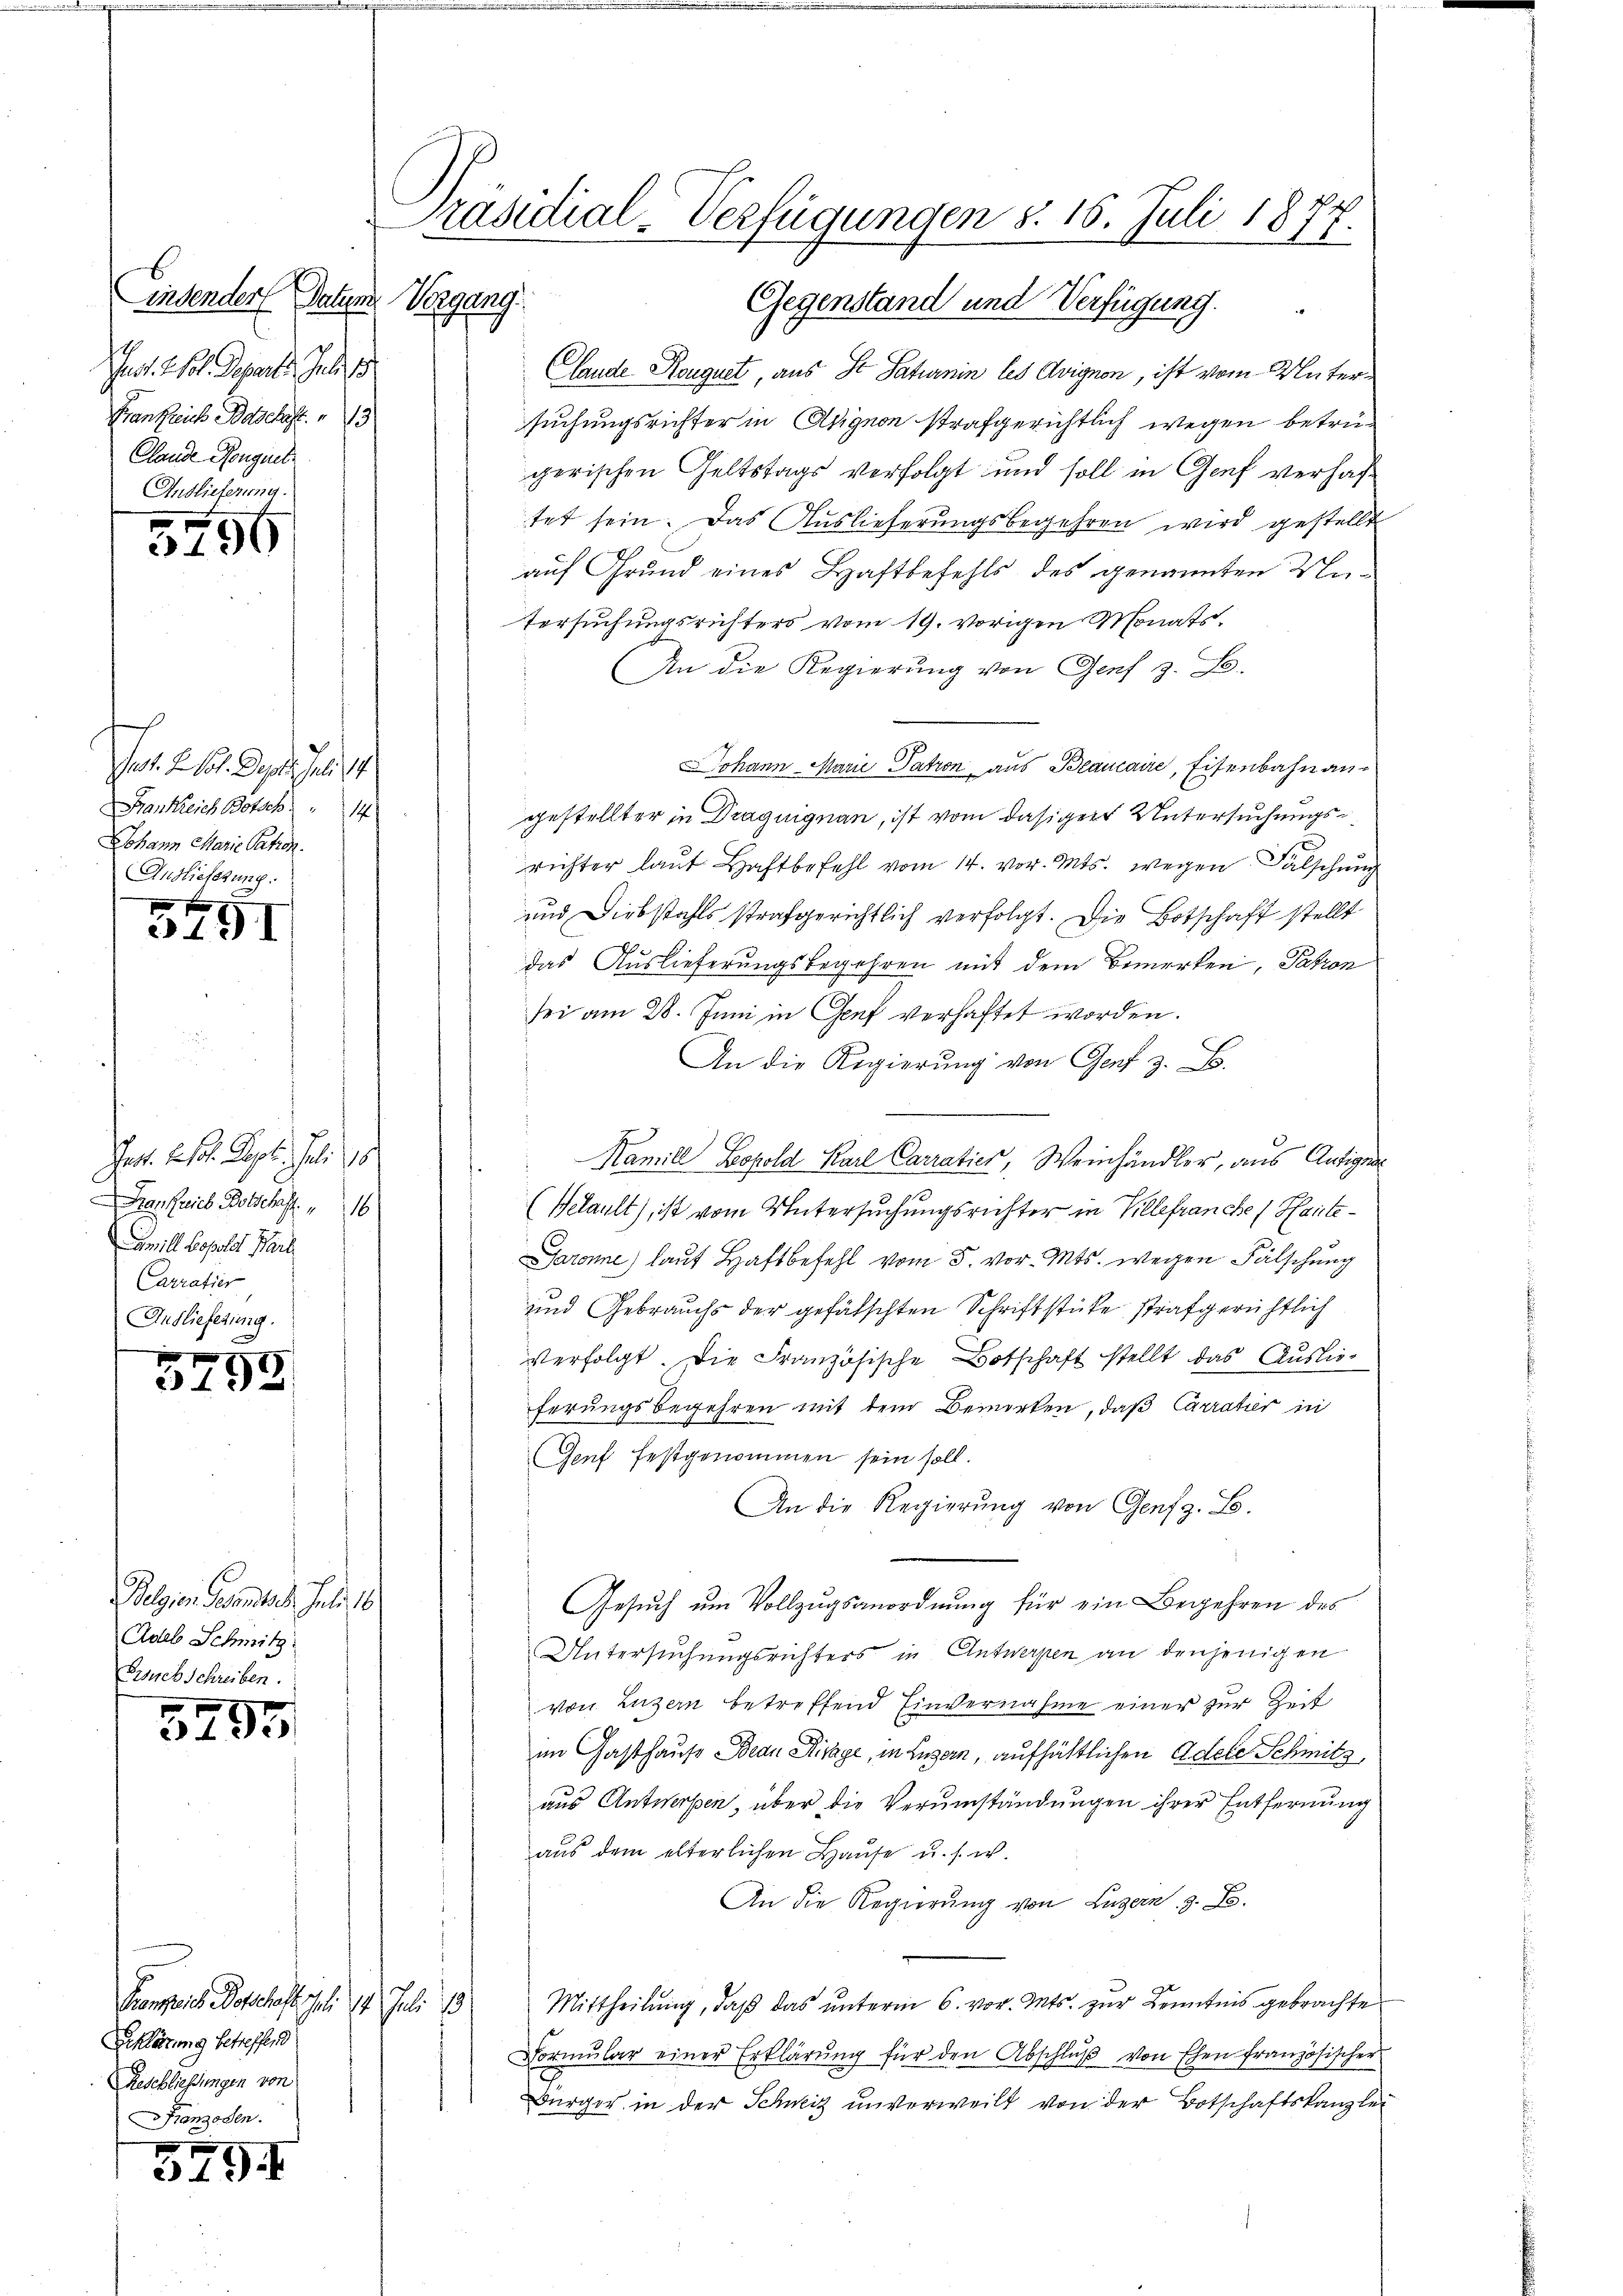
indender Datum
Vergang
Jeot. 2. Frl. Departe Juli 1
Frankreich Bascht. 13
Clande Ponguel
Auslieferung.

3756

es. S. 11. Deparieli st
Frankreich Botsch " 14
Johann Marie Patron
Anslieferung.

549

Pat. Er so. Sept. Juli 18
an freies Botschaft. "   16
Camill Lopolet Part
Carratier
Auslieferung.

3795

Belgien Gesandtsch. Juli 18
Adeb Schmitz
Ersuch schreiben.

3295

Erklärung betreffend
Geschliessungen von
anzosen.

5794

Präsidial-Verfügungen §. 15. Juli 1877.

Gegenstand und Verfügung.
Lande Rouquet, aus S. Saturnin les Avignon, ist vom Untersuchungsrichter in Asignon strafgerichtlich wegen betrügerischen Geltstags verfolgt und soll in Genf verhaftet sein. Das Auslieferungsbegehren wird gestellt
auf Grund eines Haftbefehls des genannten Untersuchungsrichters vom 19. vorigen Monats¬
An die Regierung von Genf z. B.
Johann Marie Patron aus Blancaire, Eisenbahn angestellter in Draguignan, ist vom dasiger Untersuchungsrichter laŭt Haftbefehl vom 14. vor. Mts. wegen Falschung
und Diebstahls strafgerichtlich verfolgt. Die Botschaft stellt
das Auslieferungsbegehren mit dem Bemerken, Patron
sei am 28. Juni in Genf verhaftet worden.
An die Regierŭng von Genf z. B.
Hamill Leopold Karl Carratier, Weinhändler, aus Antigen
(Welault), ist vom Untersuchungsrichter in Villefranche (Hante¬
Garanne) laut Haftbefehl vom 5. vor. Mts. wegen Fälschung
und Gebrauchs der gefälschten Schriftstücke strafgerichtlich
verfolgt. Die Französische Botschaft stellt das Auslieferungsbegehren mit dem Bemerken, daß Carratier in
Genf festgenommen sein soll.
An die Regierŭng von Genf z. B.
Gesuch um Vollzugsanordnung für ein Begehren des
Untersuchungsrichters in Antwerpen an denjenigen
von Luzern betreffend Einvernahme einer zur Zeit
im Gasthause Bean Rivage, in Luzern, aufhältlichen Adele Schmitz
aus Antwerpen, über die Verumständungen ihrer Entfernung
aus dem elterlichen Haŭse u. s. w.
An die Regierung von Luzern, z. B.
Kangreich Hofschaft ist. 14. Juli 13. Mittheilŭng, daβ das ŭnterm 6. vor. Mts. zŭr Kenntnis gebrachte
Formŭlar einer Erklärung für den Abschlŭβ von Ehen französischer
Bürger in der Schweiz unverweilt von der Botschaftskanzlei